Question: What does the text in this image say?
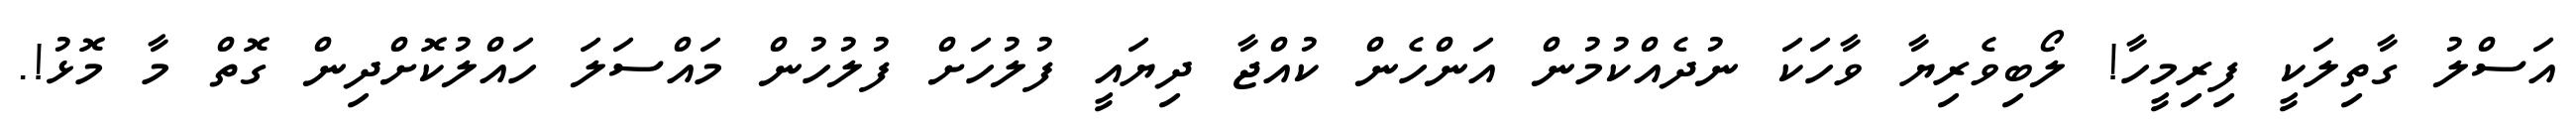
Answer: އަސްލު ގާތިލަކީ ފިރިމީހާ! ލޯބިވެރިޔާ ވާހަކަ ނުދެއްކުމުން އަންހެން ކުއްޖާ ދިޔައީ ފުލުހަށް ފުލުހުން މައްސަލަ ހައްލުކޮށްދިން ގޮތް މާ މޮޅު!.